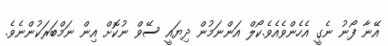
އޭނާ ފޯނު ނެގީ އެހެންވެއެވެ.ކޯލް އަންނަމުން ދިޔައީ ސޭވް ނުކޮށް އިން ނަމްބަރަކުންނެވެ.